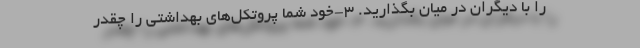
را با دیگران در میان بگذارید. 3-خود شما پروتکل‌های بهداشتی را چقدر